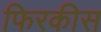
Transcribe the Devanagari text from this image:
फिरकीस